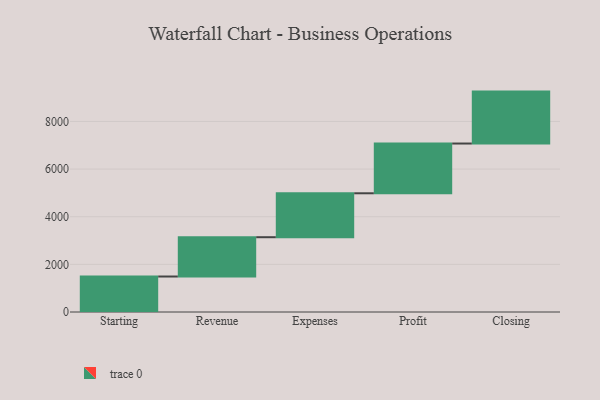
{"axis": {"x": "Step", "y": "Value"}, "legend": [""], "data": [{"x": "Starting", "y": 1490.0, "type": ""}, {"x": "Revenue", "y": 1650.0, "type": ""}, {"x": "Expenses", "y": 1844.0, "type": ""}, {"x": "Profit", "y": 2089.0, "type": ""}, {"x": "Closing", "y": 2180.0, "type": ""}]}